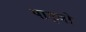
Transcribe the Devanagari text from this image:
पाड्वो